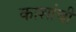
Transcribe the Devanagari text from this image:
काशांचीं